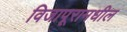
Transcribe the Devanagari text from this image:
विजापूरामधील